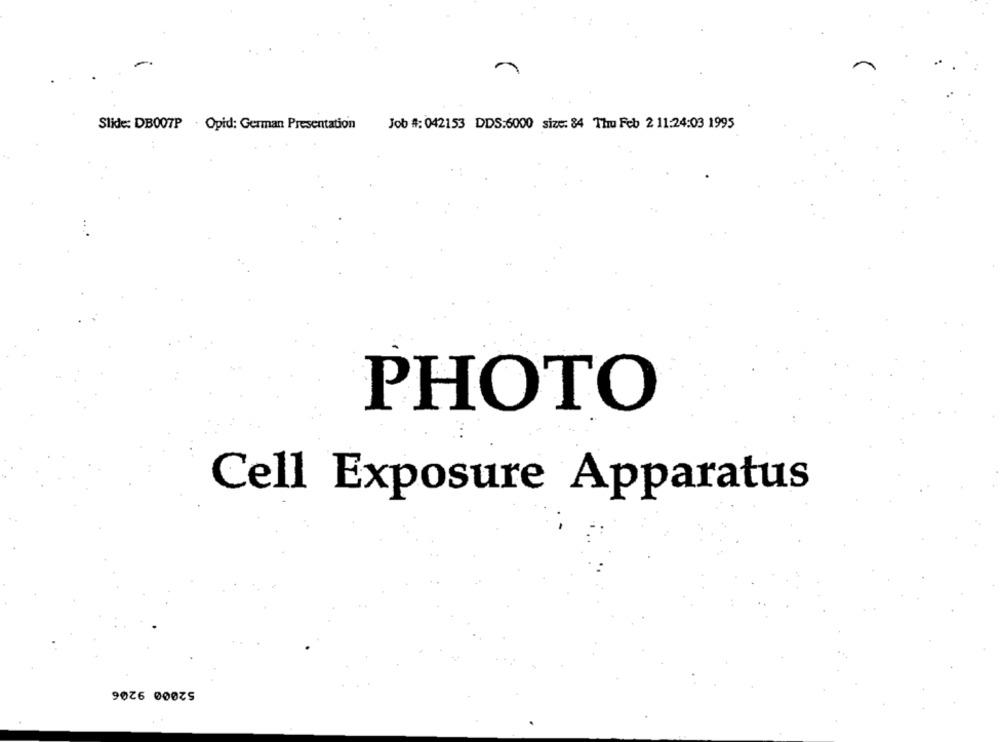
Slide: DB007P . Opid: German Presentation
Job #: 042153 DDS:6000 size: 84 Thu Feb 2 11:24:03 1995
PHOTO
Cell Exposure Apparatus
52000 9206